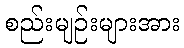
စည်းမျဉ်းများအား